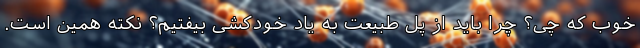
خوب که چی؟ چرا باید از پل طبیعت به یاد خودکشی بیفتیم؟ نکته همین است.